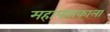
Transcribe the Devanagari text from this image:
महापातकाला